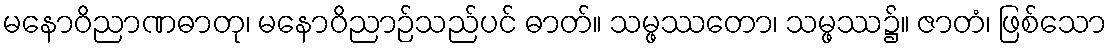
မနောဝိညာဏဓာတု၊ မနောဝိညာဉ်သည်ပင် ဓာတ်။ သမ္ဖဿတော၊ သမ္ဖဿ၌။ ဇာတံ၊ ဖြစ်သော